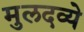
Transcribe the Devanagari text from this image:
मुलदव्ये